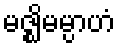
မဇ္ဈိမမ္ပာဟံ